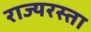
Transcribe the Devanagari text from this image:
राज्यरस्ता